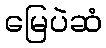
မြေပဲဆံ